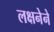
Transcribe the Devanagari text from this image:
लक्षनेने